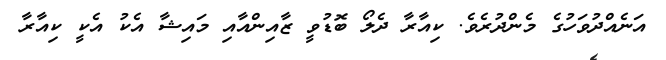
އަނެއްދުވަހުގެ މެންދުރެވެ. ކިއާރާ ދެލޯ ބޮޑުވީ ޒާއިންއާއި މައިޝާ އެކު އެކީ ކިއާރާ